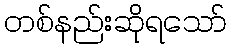
တစ်နည်းဆိုရသော်